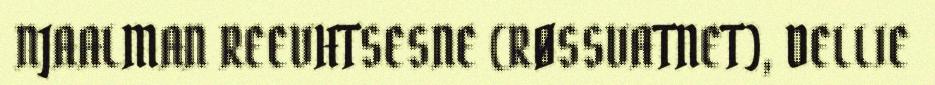
NJAALMAN REEVHTSESNE (RØSSVATNET), DELLIE